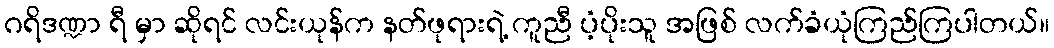
ဂရိဒဏ္ဍာ ရီ မှာ ဆိုရင် လင်းယုန်က နတ်ဖုရားရဲ့ ကူညီ ပံ့ပိုးသူ အဖြစ် လက်ခံယုံကြည်ကြပါတယ်။